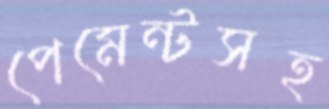
পেমেন্টসহ